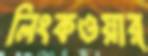
লিংকওয়ার্